Punjab Mental Hospital Lahore 1922-31 - 1922-1931
Year: 1922
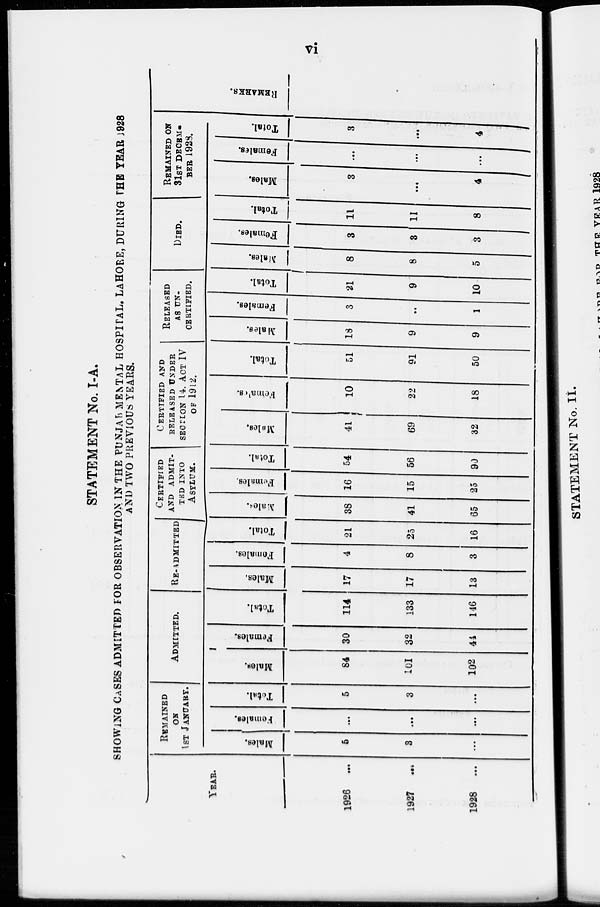
vi
STATEMENT No. I-A.
SHOWING CASES ADMITTED FOR OBSERVATION IN THE PUNJAB MENTAL HOSPITAL. LAHORE, DURING THE YEAR 1928
AND TWO PREVIOUS YEARS.
YEAR.
1926
...
1927
...
1928
...
REMAINED
ON
1ST JANUARY.
Males.
5
3
...
Females.
...
...
...
Total.
5
3
...
ADMITTED.
Males.
84
101
102
Females.
30
32
44
Total.
114
133
146
RE-ADMITTED
Males.
17
17
13
Females.
4
8
3
Total.
21
25
16
CERFIFIED
AND
ADMIT-
TED INTO
ASYLUM.
Males.
38
41
65
Females.
16
15
25
Total.
54
56
90
CERTIFIED
AND
RELEASED UNDER
SECTION 14. ACT IV
OF 1912.
Males.
41
69
32
Females.
10
22
18
Total.
51
91
50
RELEASED
AS UN-
CERTIFIED.
Males.
18
9
9
Females.
3
..
1
Total.
21
9
10
DIED.
Males.
8
8
5
Females.
3
3
3
Total.
11
11
8
REMAINED ON
31ST
DECEM-
BER 1928.
Males.
3
...
4
Females.
...
...
...
Total.
3
...
4
REMARKS.